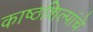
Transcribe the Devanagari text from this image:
काष्ठशिल्पांचे